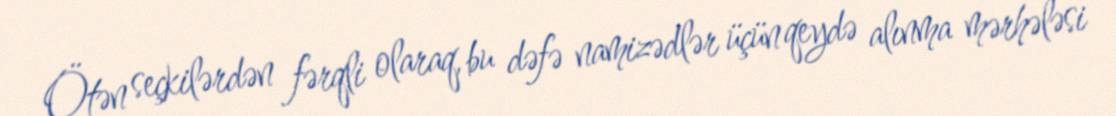
Ötən seçkilərdən fərqli olaraq, bu dəfə namizədlər üçün qeydə alınma mərhələsi